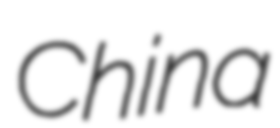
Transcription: China